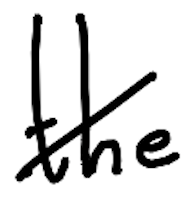
Text: the
Cross-out: diagonal
Writing tool: digital_black